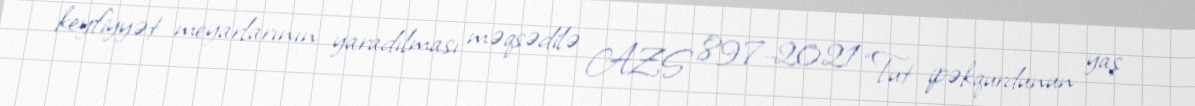
keyfiyyət meyarlarının yaradılması məqsədilə AZS 897-2021 “Tut ipəkqurdunun yaş